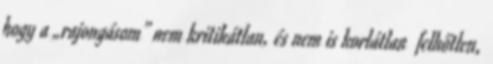
hogy a „rajongásom” nem kritikátlan, és nem is korlátlan felhőtlen,